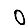
Digit: 0